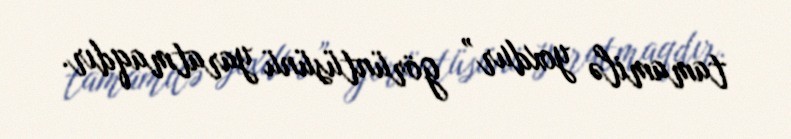
tamamilə yoxdur” görüntüsünü yaratmaqdır.